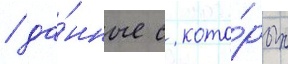
/ да́нные с кото́рых